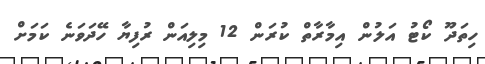
ހިތަދޫ ކޯޓު އަލުން އިމާރާތް ކުރަން 12 މިލިއަން ރުފިޔާ ހޭދަވަނެ ކަމަށް